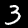
Label: 3